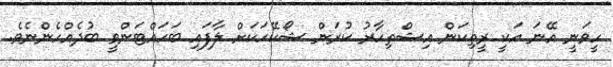
ހީވަނީ އޭނަ އަކީ ރީތިކަން އިޝްތިހާރު ކުރަން ޝޯކޭހަކަށް ލާފައި ބަހައްޓަންވީ ބުދެއްހެންނެވެ.